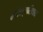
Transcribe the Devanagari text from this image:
कादंबर्‍यांशिवाय